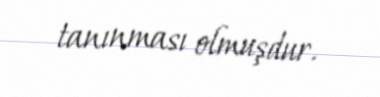
tanınması olmuşdur.